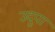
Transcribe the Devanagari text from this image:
उदुपा